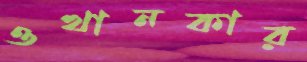
ওখানকার